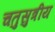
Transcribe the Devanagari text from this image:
चतुसुत्रीय